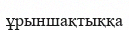
ұрыншақтыққа